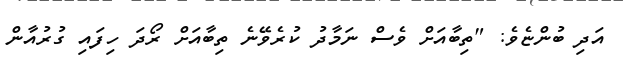
އަދި ބުންޏެވެ: "ތިބާއަށް ވެސް ނަމާދު ކުރެވޭނެ ތިބާއަށް ރޯދަ ހިފައި ގުރުއާން